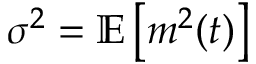
\sigma ^ { 2 } = \mathbb { E } \left[ m ^ { 2 } ( t ) \right]